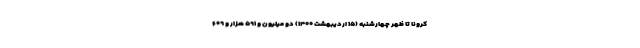
کرونا تا ظهر چهارشنبه (۱۵ اردیبهشت ۱۴۰۰) دو میلیون و ۵۹۱ هزار و ۶۰۹